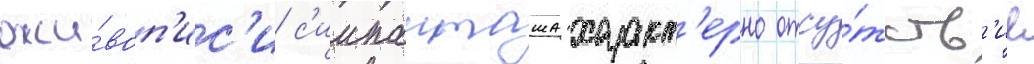
жи́воп'ис'и с'иипанташа характ'ерно отсу́тств'ие